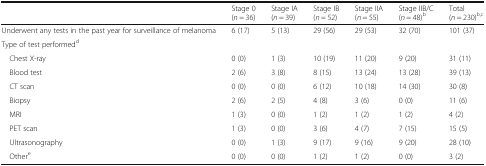
|  | Stage 0(n = 36) | Stage IA(n = 39) | Stage IB(n = 52) | Stage IIA(n = 55) | Stage IIB/C(n = 48)b | Total(n = 230)b,c |
 | --- | --- | --- | --- | --- | --- | --- |
 | Underwent any tests in the past year for surveillance of melanoma | 6 (17) | 5 (13) | 29 (56) | 29 (53) | 32 (70) | 101 (37) |
 | <COLSPAN=7> Type of test performedd |
 | Chest X-ray | 0 (0) | 1 (3) | 10 (19) | 11 (20) | 9 (20) | 31 (11) |
 | Blood test | 2 (6) | 3 (8) | 8 (15) | 13 (24) | 13 (28) | 39 (13) |
 | CT scan | 0 (0) | 0 (0) | 6 (12) | 10 (18) | 14 (30) | 30 (8) |
 | Biopsy | 2 (6) | 2 (5) | 4 (8) | 3 (6) | 0 (0) | 11 (6) |
 | MRI | 1 (3) | 0 (0) | 1 (2) | 1 (2) | 1 (2) | 4 (2) |
 | PET scan | 1 (3) | 0 (0) | 3 (6) | 4 (7) | 7 (15) | 15 (5) |
 | Ultrasonography | 0 (0) | 1 (3) | 9 (17) | 9 (16) | 9 (20) | 28 (10) |
 | Othere | 0 (0) | 0 (0) | 1 (2) | 1 (2) | 0 (0) | 3 (2) |